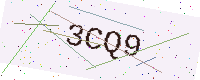
Text: 3CQ9